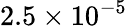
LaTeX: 2.5\times 10^{-5}